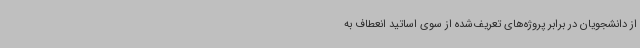
از دانشجویان در برابر پروژه‌های تعریف‌شده از سوی اساتید انعطاف به